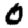
Digit: 0